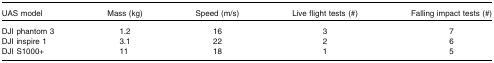
| UAS model | Mass (kg) | Speed (m/s) | Live flight tests (#) | Falling impact tests (#) |
 | --- | --- | --- | --- | --- |
 | DJI phantom 3 | 1.2 | 16 | 3 | 7 |
 | DJI inspire 1 | 3.1 | 22 | 2 | 6 |
 | DJI S1000+ | 11 | 18 | 1 | 5 |